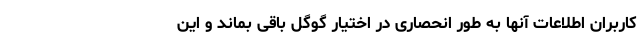
کاربران اطلاعات آنها به طور انحصاری در اختیار گوگل باقی بماند و این